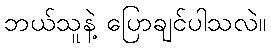
ဘယ်သူနဲ့ ပြောချင်ပါသလဲ။